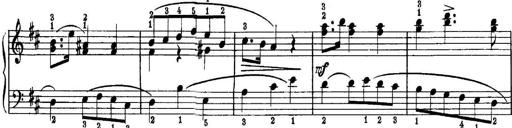
Title: Quatres sonatines
Composer: Tadeusz Joteyko